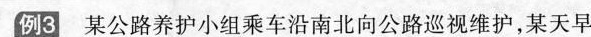
例3某公路养护小组乘车沿南北向公路巡视维护，某天早